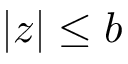
| z | \le b